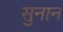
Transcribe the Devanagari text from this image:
सुनान